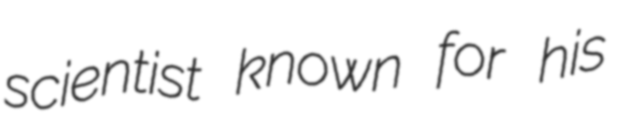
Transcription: scientist known for his